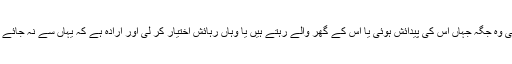
یعنی وہ جگہ جہاں اس کی پیدائش ہوئی یا اس کے گھر والے رہتے ہیں یا وہاں رہائش اختیار کر لی اور ارادہ ہے کہ یہاں سے نہ جائے گا۔